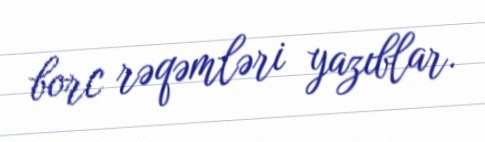
borc rəqəmləri yazıblar.